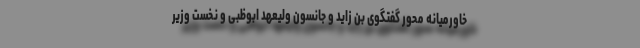
خاورمیانه محور گفتگوی بن زاید و جانسون ولیعهد ابوظبی و نخست وزیر